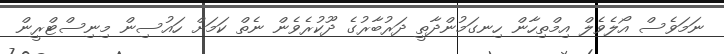
ނަމަވެސް އޯލެވެލް އިމްތިހާން ހިނގަމުންދާތީ ދަރުބާރުގެ ދޫކުރެވެން ނެތް ކަމަށް ހައުސިން މިނިސްޓްރީން